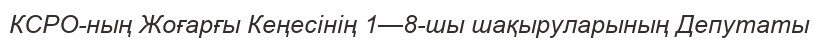
КСРО-ның Жоғарғы Кеңесінің 1—8-шы шақыруларының Депутаты